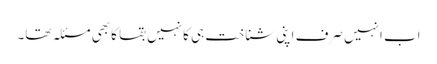
اب انہیں صرف اپنی شناخت ہی کا نہیں بقا کا بھی مسئلہ تھا۔